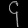
Digit: ၄